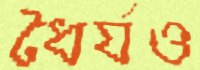
ধৈর্যও